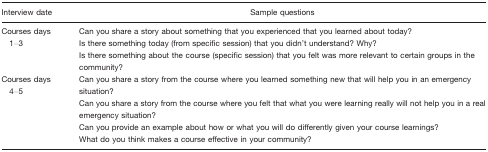
<table><thead><tr><td><b>Interview date</b></td><td><b>Sample questions</b></td></tr></thead><tbody><tr><td rowspan="3">Courses days 1–3</td><td>Can you share a story about something that you experienced that you learned about today?</td></tr><tr><td>Is there something today (from specific session) that you didn&#x27;t understand? Why?</td></tr><tr><td>Is there something about the course (specific session) that you felt was more relevant to certain groups in the community?</td></tr><tr><td rowspan="3">Courses days 4–5</td><td>Can you share a story from the course where you learned something new that will help you in an emergency situation?</td></tr><tr><td>Can you share a story from the course where you felt that what you were learning really will not help you in a real emergency situation?</td></tr><tr><td>Can you provide an example about how or what you will do differently given your course learnings?</td></tr><tr><td></td><td>What do you think makes a course effective in your community?</td></tr></tbody></table>